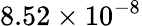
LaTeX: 8.52\times 10^{-8}